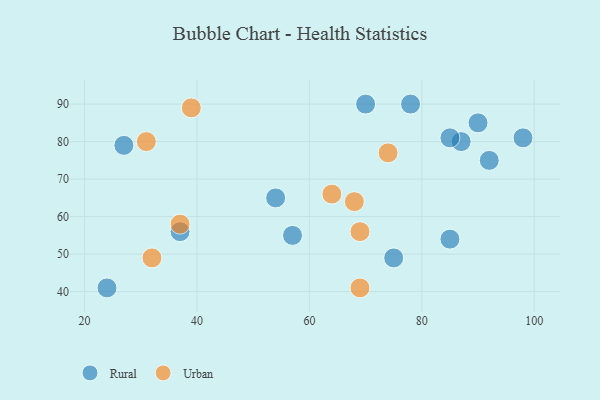
{"axis": {"x": "GDP", "y": "Life Expectancy"}, "legend": ["Rural", "Urban"], "data": [{"x": "87", "y": 80, "type": "Rural"}, {"x": "85", "y": 54, "type": "Rural"}, {"x": "90", "y": 85, "type": "Rural"}, {"x": "98", "y": 81, "type": "Rural"}, {"x": "78", "y": 90, "type": "Rural"}, {"x": "85", "y": 81, "type": "Rural"}, {"x": "70", "y": 90, "type": "Rural"}, {"x": "75", "y": 49, "type": "Rural"}, {"x": "54", "y": 65, "type": "Rural"}, {"x": "57", "y": 55, "type": "Rural"}, {"x": "27", "y": 79, "type": "Rural"}, {"x": "92", "y": 75, "type": "Rural"}, {"x": "24", "y": 41, "type": "Rural"}, {"x": "37", "y": 56, "type": "Rural"}, {"x": "68", "y": 64, "type": "Urban"}, {"x": "69", "y": 41, "type": "Urban"}, {"x": "37", "y": 58, "type": "Urban"}, {"x": "74", "y": 77, "type": "Urban"}, {"x": "64", "y": 66, "type": "Urban"}, {"x": "31", "y": 80, "type": "Urban"}, {"x": "39", "y": 89, "type": "Urban"}, {"x": "69", "y": 56, "type": "Urban"}, {"x": "32", "y": 49, "type": "Urban"}]}